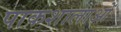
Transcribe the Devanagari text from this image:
पाकशालाओं